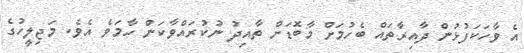
އެ ވާހަކަފުޅުން ދާއިރާތައް ބެހުމަށް މާބޮޑަށް ތާއިދު ނުކުރައްވާކަން ހާމަވެ އެވެ. މަޖިލީހުގެ